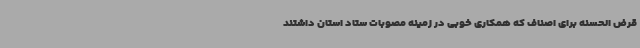
قرض الحسنه برای اصناف که همکاری خوبی در زمینه مصوبات ستاد استان داشتند